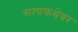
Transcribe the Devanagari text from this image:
सत्यकथेवर